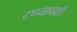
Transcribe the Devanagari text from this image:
टप्प्यापाशी